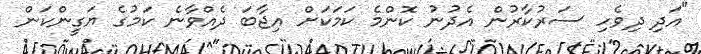
"އަދި ދިވެހި ސަރުކާރުން އެދުނު ކޮންމެ ކަމަކަށް އިޖާބަ ދެއްވާނެ ކަމުގެ ޔަގީންކަން